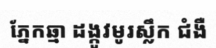
ភ្នែកឆ្មា ដង្កូវមូរស្លឹក ជំងឺ